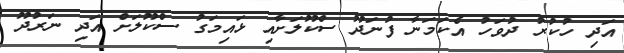
އަދި ހުކުރު ދުވަހު އެކަމަނާ ފުނަދޫ ސްކޫލަށާއި ޅައިމަގު ސްކޫލަށް އަދި ނަރުދޫ